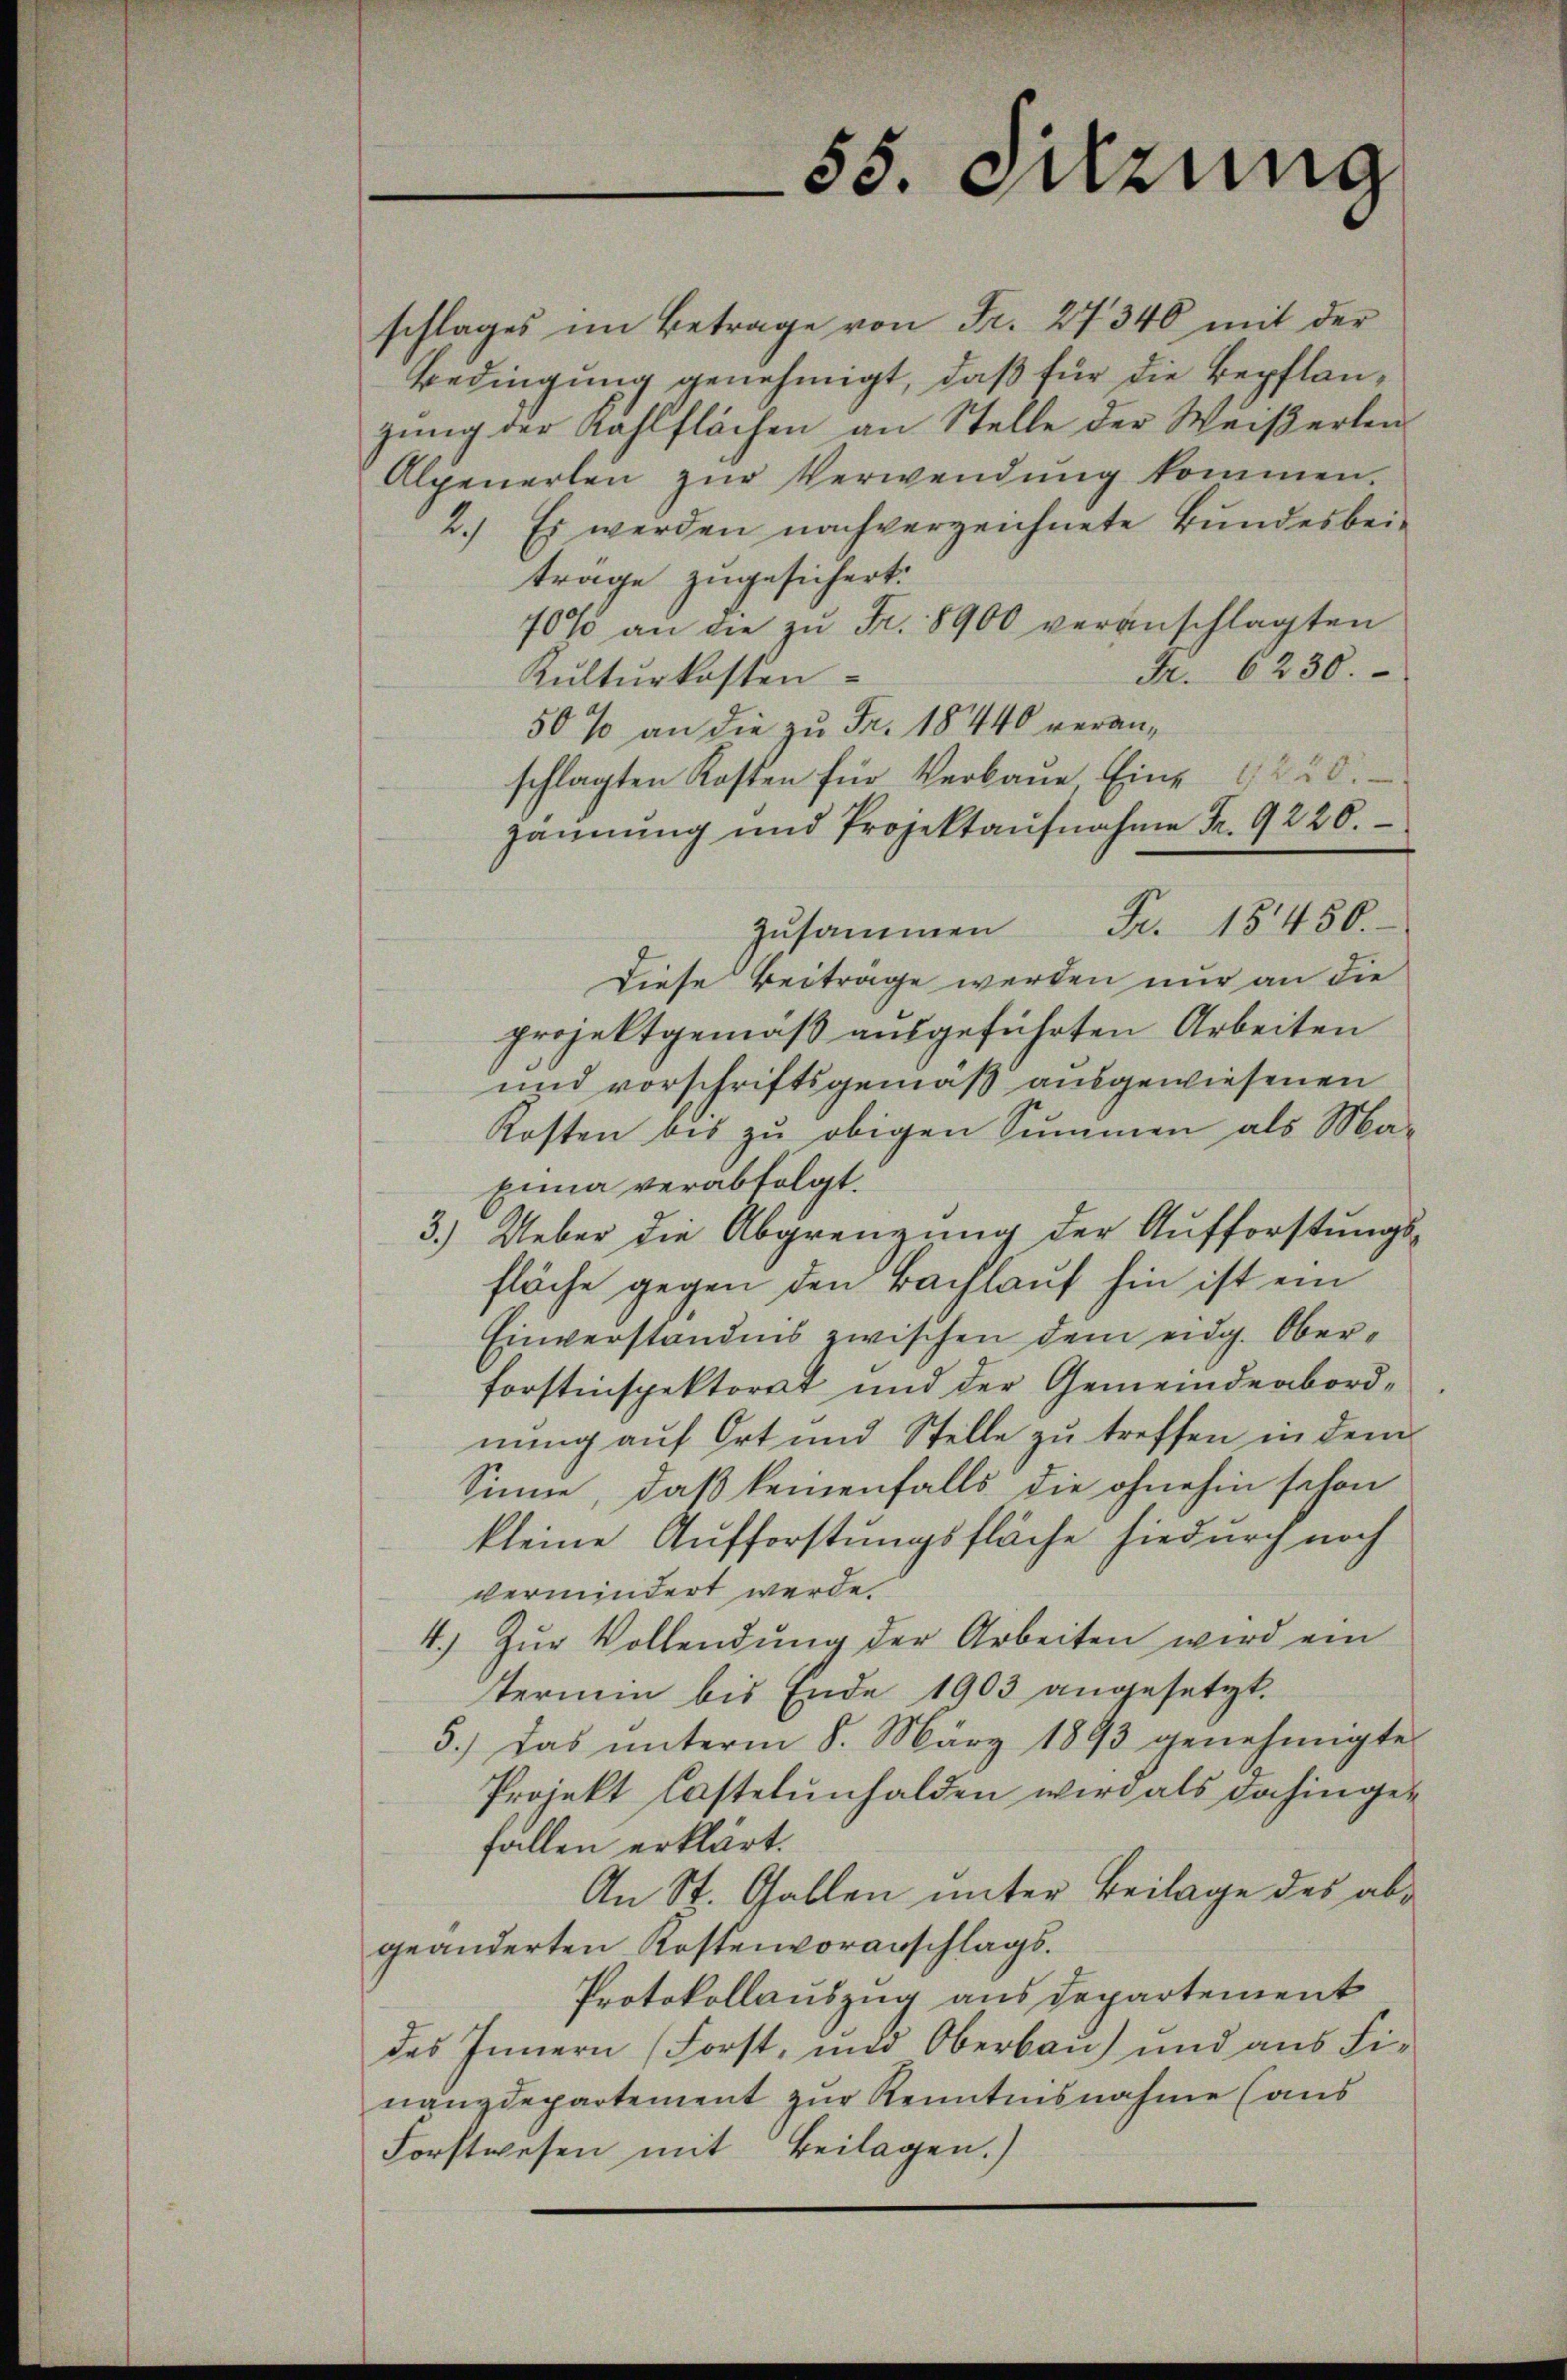
55. Jung

schlages im Betrage von Fr. 27340 mit der
Bedingung genehmigt, daß für die Bepflanzung der Wahlflächen an Stelle der Weißerten
Alpenerlen zŭr Verwendŭng kommen.
2.) Es werden nachverzeichnete Bundesbeitrage zugesichert:
70% an die zŭ Fr. 8900 veranschlagten
M. 6230.
Kulturkosten
50% an die zu Fr. 18440 veranschlagten Kosten für Verbaŭe, Eine 1220.
zannung und Projektaŭfnahme Fr. 9220.
zusammen Fr. 15450.
Diese Beitrage werden nur an die
projektgemäß ausgeführten Arbeiten
und vorschriftsgemäß ausgewiesenen
Kosten des zu obigen Summen als Ma-
Eina verabfolgt.
3.) Ueber die Abgrenzung der Aufforstungsfläche gegen den Bachlauf hin ist ein
Einverständnis zwischen dem eidg. Oberforstinspektorat und der Gemeindeabordnung auf Ort und Stelle zu treffen in dem
Sinne, daß keinenfalls die ohnehin schon
kleine Aufforstungsfläche hiedurch noch
vermindert werde.
4. Zŭr Vollendŭng der Arbeiten wird ein
termin bis Ende 1903 angesetzt.
5.) Das unterm 8. März 1893 genehmigte
Projekt Castelunhalden wird als dahingefallen erklärt.
An St. Gallen unter Beilage des abgeänderten Kostenvoranschlags.
Protokollauszug aus departement
des Innern (Forst, und Oberbau) und aus Finanzdepartement zŭr Kenntnisnahme (aus
Forstwesen mit Beilagen.)